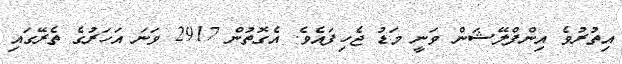
އިތުރުވެ އިންފްލޭޝަން ވަނީ މަޑު ޖެހިފައެވެ. އެގޮތުން 2917 ވަނަ އަހަރުގެ ތެރޭގައި